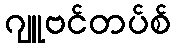
ဂျူဗင်တပ်စ်